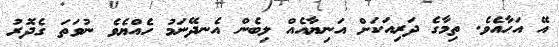
އޭ އަހާއެވެ. ތިމާގެ ދަރިއަކަށް އަނިޔާއެއް ލިބެން އެނދޭނަމު ހެއްޔެވެ ނުވަތަ ގެދޮރު